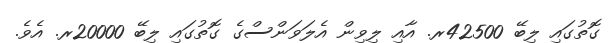
ގޮތުގައި ލިބޭ 42500ރ. އާއި ލިވިން އެލަވަންސްގެ ގޮތުގައި ލިބޭ 20000ރ. އެވެ.